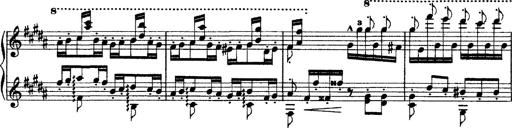
Title: Grandes Ã©tudes de Paganini
Composer: Franz Liszt